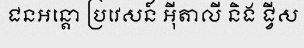
ជនអន្តោ ប្រវេសន៍ អ៊ីតាលី និង ជ្វីស